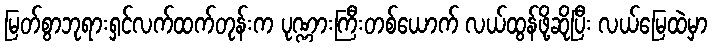
မြတ်စွာဘုရားရှင်လက်ထက်တုန်းက ပုဏ္ဏားကြီးတစ်ယောက် လယ်ထွန်ဖို့ဆိုပြီး လယ်မြေထဲမှာ